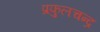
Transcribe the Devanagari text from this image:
प्रफुलचन्द्र